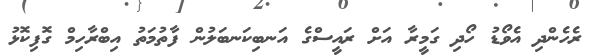
ރެހެންދި އެވޯޑު ހޯދި ގަމީރާ އަށް ރައީސްގެ އަނބިކަނބަލުން ފާތުމަތު އިބްރާހިމް ގޮފިކޮޅު